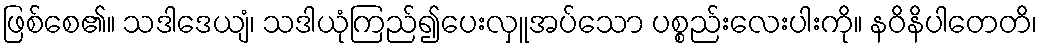
ဖြစ်စေ၏။ သဒါဒေယျံ၊ သဒါယုံကြည်၍ပေးလှူအပ်သော ပစ္စည်းလေးပါးကို။ နဝိနိပါတေတိ၊